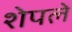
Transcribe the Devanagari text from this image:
शेपले